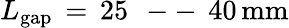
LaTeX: L_{\mathrm{{gap}}}\, =\, 25\, \mathrm{~--~}\, 40\, \mathrm{{mm}}